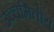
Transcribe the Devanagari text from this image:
उच्चमितीय